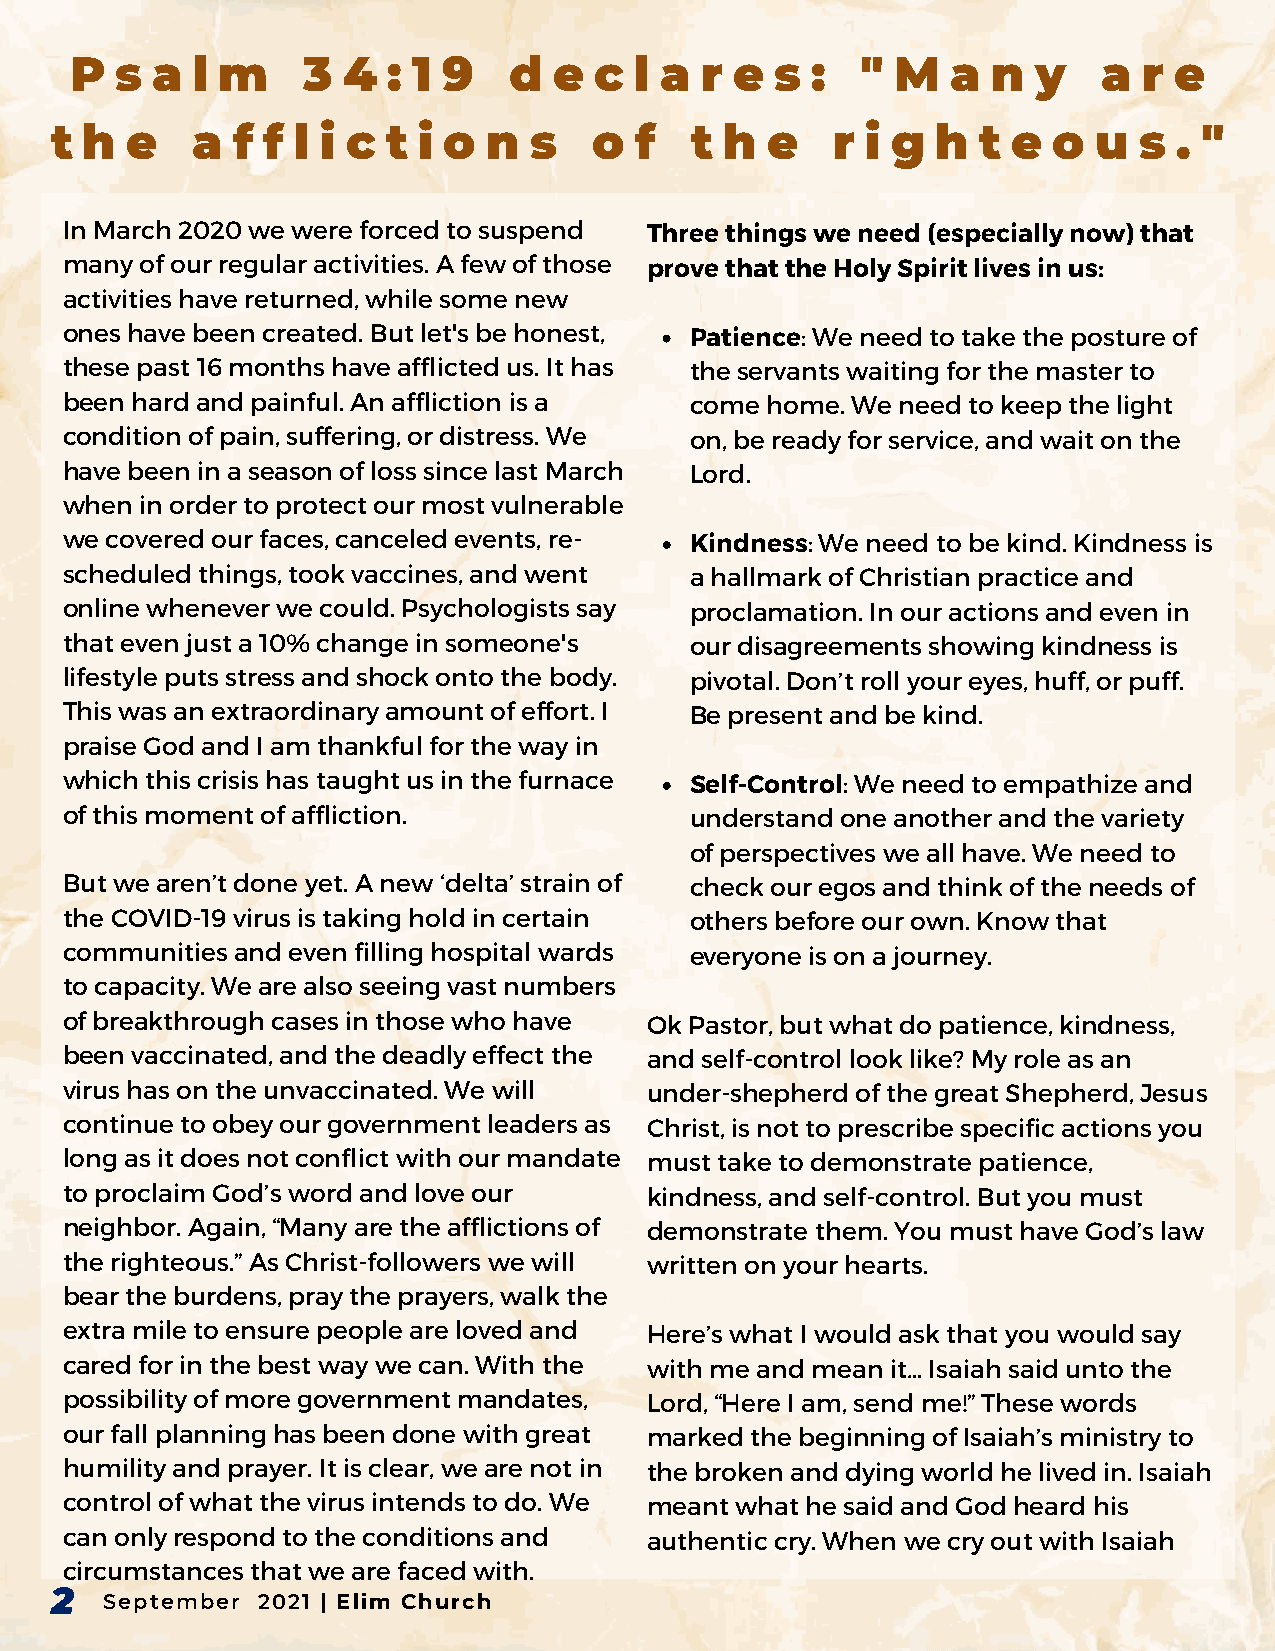
P  s a  l m    3  4  : 1 9   d  e c  l a r  e s  :  " M   a  n  y   a  r e
 t h  e    a f  f l i c t i o n  s   o  f   t h  e   r i g  h  t e  o  u s  . "
 In March 2020 we were forced to suspend Three things we need (especially now) that
 many of our regular activities. A few of those prove that the Holy Spirit lives in us:
 activities have returned, while some new
 ones have been created. But let's be honest, Patience: We need to take the posture of
 these past 16 months have afflicted us. It has the servants waiting for the master to
 been hard and painful. An affliction is a come home. We need to keep the light
 condition of pain, suffering, or distress. We on, be ready for service, and wait on the
 have been in a season of loss since last March Lord.
 when in order to protect our most vulnerable
 we covered our faces, canceled events, re- Kindness: We need to be kind. Kindness is
 scheduled things, took vaccines, and went a hallmark of Christian practice and
 online whenever we could. Psychologists say proclamation. In our actions and even in
 that even just a 10% change in someone's  our disagreements showing kindness is
 lifestyle puts stress and shock onto the body. pivotal. Don’t roll your eyes, huff, or puff.
 This was an extraordinary amount of effort. I Be present and be kind.
 praise God and I am thankful for the way in
 which this crisis has taught us in the furnace Self-Control: We need to empathize and
 of this moment of affliction.             understand one another and the variety
 of perspectives we all have. We need to
 But we aren’t done yet. A new ‘delta’ strain of check our egos and think of the needs of
 the COVID-19 virus is taking hold in certain others before our own. Know that
 communities and even filling hospital wards everyone is on a journey.
 to capacity. We are also seeing vast numbers
 of breakthrough cases in those who have Ok Pastor, but what do patience, kindness,
 been vaccinated, and the deadly effect the and self-control look like? My role as an
 virus has on the unvaccinated. We will under-shepherd of the great Shepherd, Jesus
 continue to obey our government leaders as Christ, is not to prescribe specific actions you
 long as it does not conflict with our mandate must take to demonstrate patience,
 to proclaim God’s word and love our    kindness, and self-control. But you must
 neighbor. Again, “Many are the afflictions of demonstrate them. You must have God’s law
 the righteous.” As Christ-followers we will written on your hearts.
 bear the burdens, pray the prayers, walk the
 extra mile to ensure people are loved and Here’s what I would ask that you would say
 cared for in the best way we can. With the with me and mean it… Isaiah said unto the
 possibility of more government mandates, Lord, “Here I am, send me!” These words
 our fall planning has been done with great marked the beginning of Isaiah’s ministry to
 humility and prayer. It is clear, we are not in the broken and dying world he lived in. Isaiah
 control of what the virus intends to do. We meant what he said and God heard his
 can only respond to the conditions and authentic cry. When we cry out with Isaiah
 circumstances that we are faced with.
 2
 September 2021 | Elim Church